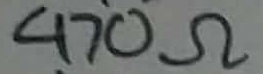
Text: 470Ω